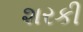
શરકી